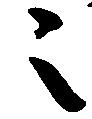
之